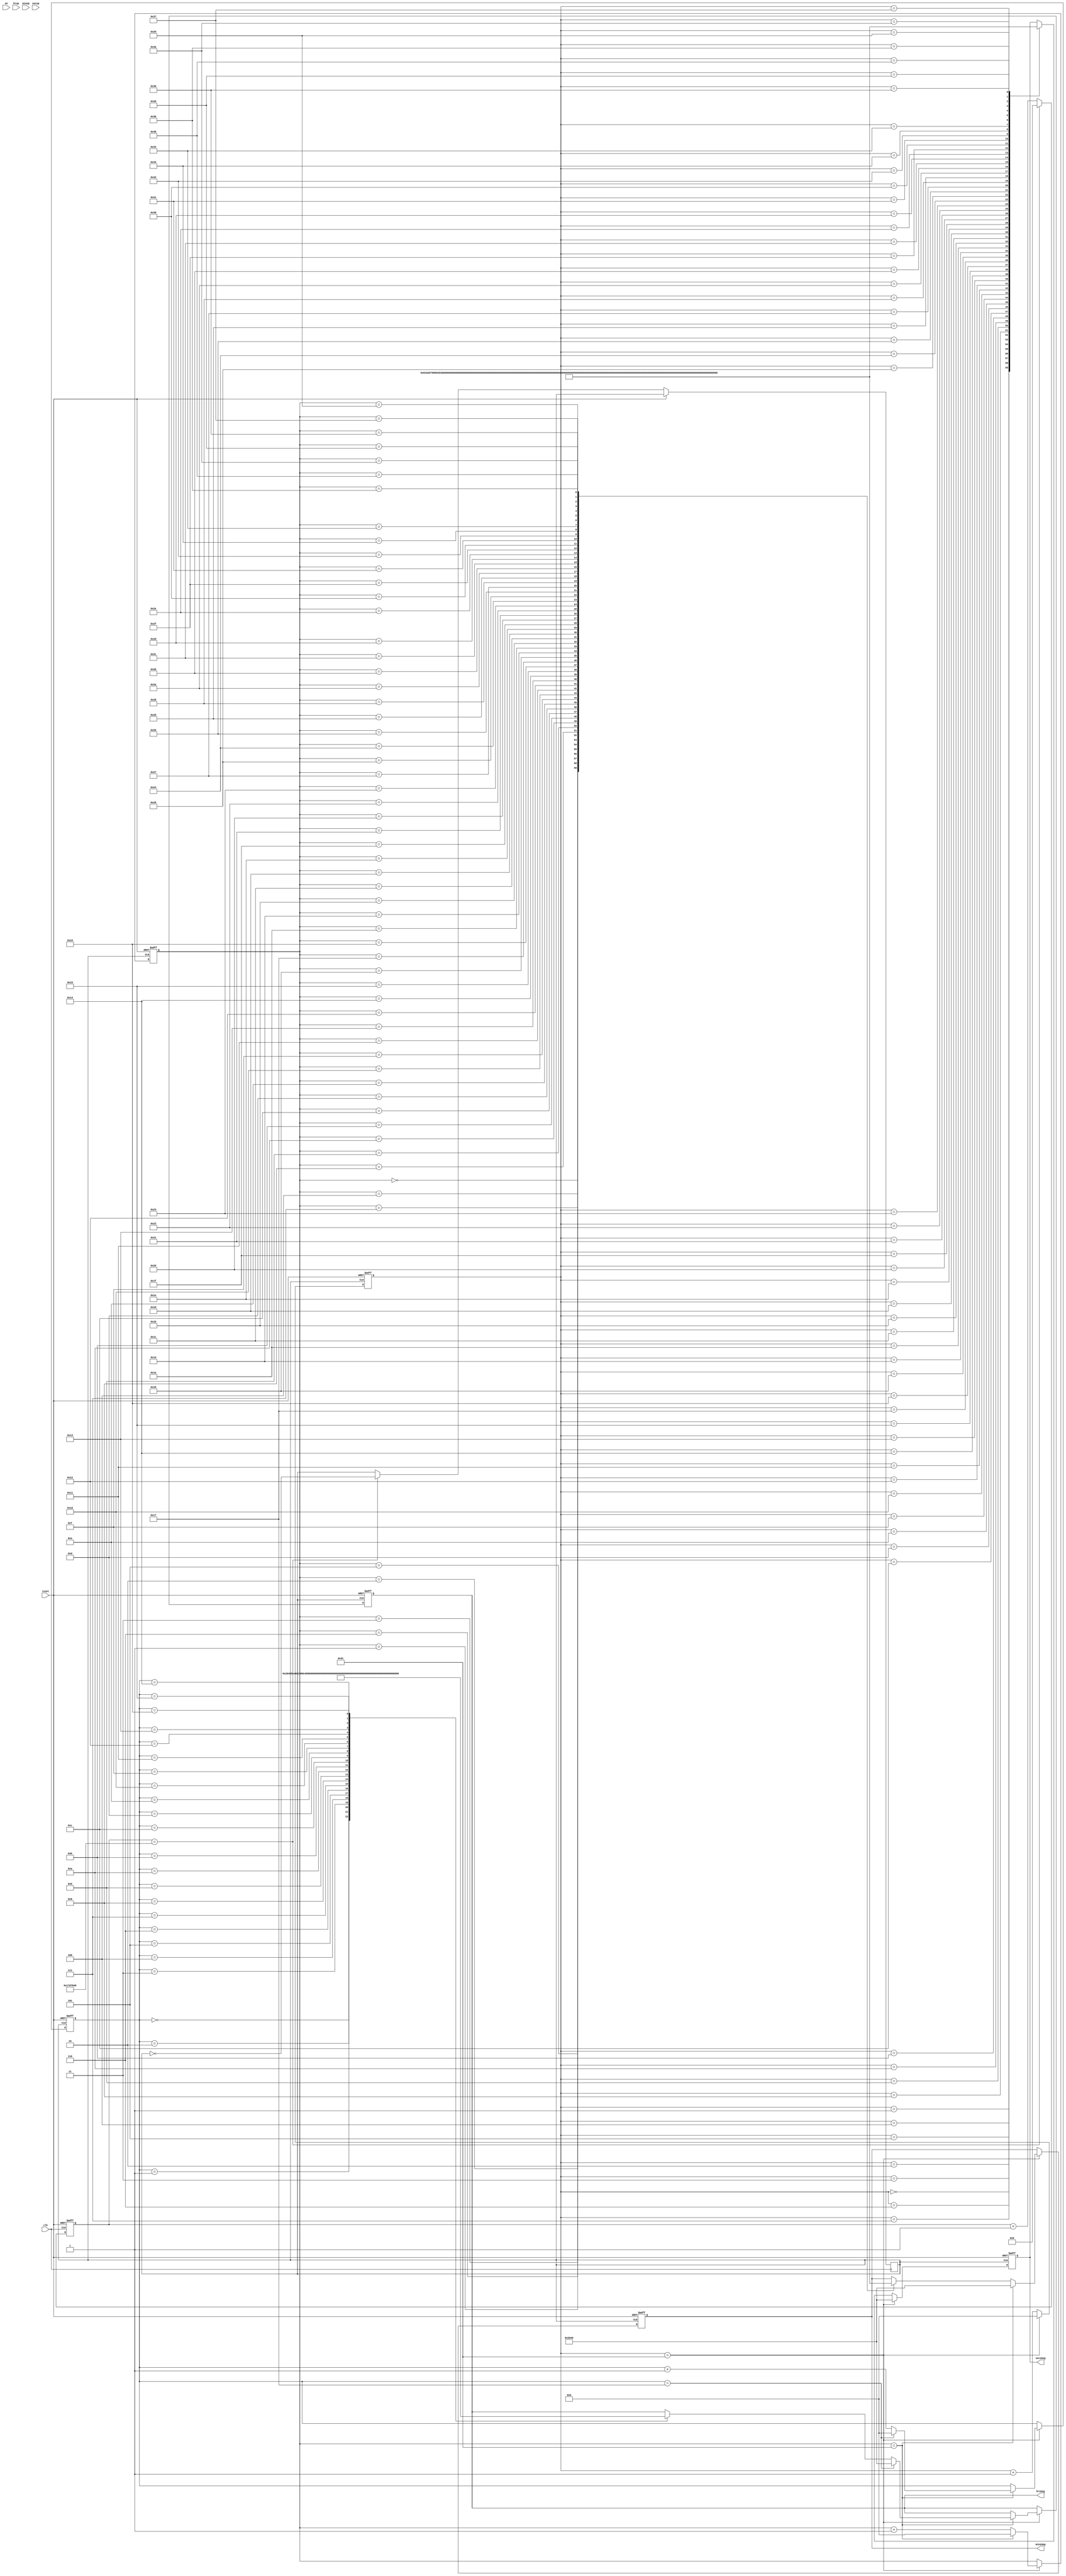
module Main(clk,secsSeg,minsSeg,hrsSeg,reset,en,hrup,minup,secup);
//registers for clock
reg [25:0]count;
reg clk_1s;

//setting up inputs/ouputs
input clk,reset,en,hrup,minup,secup;
output  reg [13:0] secsSeg =16'b10000001000000;
output  reg [13:0] minsSeg =16'b10000001000000;
output  reg [13:0] hrsSeg  =16'b10000001000000;

//registers for seconds,minutes, and hours value
reg [5:0] sec=0;
reg [5:0] min=0;
reg [5:0] hour=0;

//Always block to generate 1 second clock
always @(posedge clk, posedge reset) begin
	
	if(reset) begin
        count <= 0;
        end
	else if(count == 26'd25000000)begin
      clk_1s = ~clk_1s;
		count = 26'd0;
		end
	else
		count = count+26'd1;
	end


	
//always block to change clock value/reset
always @(posedge clk_1s,posedge reset) begin

	//reset all values
	if(reset)begin
		sec <= 0;
		secsSeg <= 16'b10000001000000;
		min <= 0;
		minsSeg <= 16'b10000001000000;
		hour <=0;
		hrsSeg <= 16'b10000001000000;
		
	end
	//sets seconds back from 60 to 00
	else if(sec==6'd60)begin
			sec<=0;
			secsSeg <= 16'b10000001000000;
			//sets mins back from 60 to 00
			if(min==6'd60) begin
				min<=0;
				minsSeg <= 16'b10000001000000;
				//sets hours back from 23 to 00
				if (hour==6'd23) begin
					hour<=0;
					hrsSeg <=16'b10000001000000;
				end else begin
				//increment hours 
				hour<=hour+1'd1;
				case(hour)
    				6'd00:hrsSeg<=16'b10000001000000;
					6'd01:hrsSeg<=16'b10000001111001;
					6'd02:hrsSeg<=16'b10000000100100;
					6'd03:hrsSeg<=16'b10000000110000;
					6'd04:hrsSeg<=16'b10000000011001;
					6'd05:hrsSeg<=16'b10000000010010;
					6'd06:hrsSeg<=16'b10000000000010;
					6'd07:hrsSeg<=16'b10000001111000;
					6'd08:hrsSeg<=16'b10000000000000;
					6'd09:hrsSeg<=16'b10000000011000;
					6'd10:hrsSeg<=16'b11110011000000;
					6'd11:hrsSeg<=16'b11110011111001;
					6'd12:hrsSeg<=16'b11110010100100;
					6'd13:hrsSeg<=16'b11110010110000;
					6'd14:hrsSeg<=16'b11110010011001;
					6'd15:hrsSeg<=16'b11110010010010;
					6'd16:hrsSeg<=16'b11110010000010;
					6'd17:hrsSeg<=16'b11110011111000; 
					6'd18:hrsSeg<=16'b11110010000000;
					6'd19:hrsSeg<=16'b11110010011000;
					6'd20:hrsSeg<=16'b01001001000000;
					6'd21:hrsSeg<=16'b01001001111001;
					6'd22:hrsSeg<=16'b01001000100100;
					6'd23:hrsSeg<=16'b01001000110000;
				endcase				
				end
			end
			else begin
			//increment mins
				min<=min+1'd1;
				case(min)
					6'd00:minsSeg<=16'b10000001000000;
					6'd01:minsSeg<=16'b10000001111001;
					6'd02:minsSeg<=16'b10000000100100;
					6'd03:minsSeg<=16'b10000000110000;
					6'd04:minsSeg<=16'b10000000011001;
					6'd05:minsSeg<=16'b10000000010010;
					6'd06:minsSeg<=16'b10000000000010;
					6'd07:minsSeg<=16'b10000001111000;
					6'd08:minsSeg<=16'b10000000000000;
					6'd09:minsSeg<=16'b10000000011000;
					6'd10:minsSeg<=16'b11110011000000;
					6'd11:minsSeg<=16'b11110011111001;
					6'd12:minsSeg<=16'b11110010100100;
					6'd13:minsSeg<=16'b11110010110000;
					6'd14:minsSeg<=16'b11110010011001;
					6'd15:minsSeg<=16'b11110010010010;
					6'd16:minsSeg<=16'b11110010000010;
					6'd17:minsSeg<=16'b11110011111000; 
					6'd18:minsSeg<=16'b11110010000000;
					6'd19:minsSeg<=16'b11110010011000;
					6'd20:minsSeg<=16'b01001001000000;
					6'd21:minsSeg<=16'b01001001111001;
					6'd22:minsSeg<=16'b01001000100100;
					6'd23:minsSeg<=16'b01001000110000;
					6'd24:minsSeg<=16'b01001000011001;
					6'd25:minsSeg<=16'b01001000010010;
					6'd26:minsSeg<=16'b01001000000010;
					6'd27:minsSeg<=16'b01001001111000;
					6'd28:minsSeg<=16'b01001000000000;
					6'd29:minsSeg<=16'b01001000011000;
					6'd30:minsSeg<=16'b01100001000000;
					6'd31:minsSeg<=16'b01100001111001;
					6'd32:minsSeg<=16'b01100000100100;
					6'd33:minsSeg<=16'b01100000110000;
					6'd34:minsSeg<=16'b01100000011001;
					6'd35:minsSeg<=16'b01100000010010;
					6'd36:minsSeg<=16'b01100000000010;
					6'd37:minsSeg<=16'b01100001111000;
					6'd38:minsSeg<=16'b01100000000000;
					6'd39:minsSeg<=16'b01100000011000;
					6'd40:minsSeg<=16'b00110011000000;
					6'd41:minsSeg<=16'b00110011111001;
					6'd42:minsSeg<=16'b00110010100100;
					6'd43:minsSeg<=16'b00110010110000;
					6'd44:minsSeg<=16'b00110010011001;
					6'd45:minsSeg<=16'b00110010010010;
					6'd46:minsSeg<=16'b00110010000010;
					6'd47:minsSeg<=16'b00110011111000;
					6'd48:minsSeg<=16'b00110010000000;
					6'd49:minsSeg<=16'b00110010011000;
					6'd50:minsSeg<=16'b00100101000000;
					6'd51:minsSeg<=16'b00100101111001;
					6'd52:minsSeg<=16'b00100100100100;
					6'd53:minsSeg<=16'b00100100110000;
					6'd54:minsSeg<=16'b00100100011001;
					6'd55:minsSeg<=16'b00100100010010;
					6'd56:minsSeg<=16'b00100100000010;
					6'd57:minsSeg<=16'b00100101111000;
					6'd58:minsSeg<=16'b00100100000000;
					6'd59:minsSeg<=16'b00100100011000;
				endcase
			end
			end
		else begin
		//increment seconds
			sec<=sec+1'd1;
				case(sec)
    				6'd00:secsSeg<=16'b10000001000000;
					6'd01:secsSeg<=16'b10000001111001;
					6'd02:secsSeg<=16'b10000000100100;
					6'd03:secsSeg<=16'b10000000110000;
					6'd04:secsSeg<=16'b10000000011001;
					6'd05:secsSeg<=16'b10000000010010;
					6'd06:secsSeg<=16'b10000000000010;
					6'd07:secsSeg<=16'b10000001111000;
					6'd08:secsSeg<=16'b10000000000000;
					6'd09:secsSeg<=16'b10000000011000;
					6'd10:secsSeg<=16'b11110011000000;
					6'd11:secsSeg<=16'b11110011111001;
					6'd12:secsSeg<=16'b11110010100100;
					6'd13:secsSeg<=16'b11110010110000;
					6'd14:secsSeg<=16'b11110010011001;
					6'd15:secsSeg<=16'b11110010010010;
					6'd16:secsSeg<=16'b11110010000010;
					6'd17:secsSeg<=16'b11110011111000; 
					6'd18:secsSeg<=16'b11110010000000;
					6'd19:secsSeg<=16'b11110010011000;
					6'd20:secsSeg<=16'b01001001000000;
					6'd21:secsSeg<=16'b01001001111001;
					6'd22:secsSeg<=16'b01001000100100;
					6'd23:secsSeg<=16'b01001000110000;
					6'd24:secsSeg<=16'b01001000011001;
					6'd25:secsSeg<=16'b01001000010010;
					6'd26:secsSeg<=16'b01001000000010;
					6'd27:secsSeg<=16'b01001001111000;
					6'd28:secsSeg<=16'b01001000000000;
					6'd29:secsSeg<=16'b01001000011000;
					6'd30:secsSeg<=16'b01100001000000;
					6'd31:secsSeg<=16'b01100001111001;
					6'd32:secsSeg<=16'b01100000100100;
					6'd33:secsSeg<=16'b01100000110000;
					6'd34:secsSeg<=16'b01100000011001;
					6'd35:secsSeg<=16'b01100000010010;
					6'd36:secsSeg<=16'b01100000000010;
					6'd37:secsSeg<=16'b01100001111000;
					6'd38:secsSeg<=16'b01100000000000;
					6'd39:secsSeg<=16'b01100000011000;
					6'd40:secsSeg<=16'b00110011000000;
					6'd41:secsSeg<=16'b00110011111001;
					6'd42:secsSeg<=16'b00110010100100;
					6'd43:secsSeg<=16'b00110010110000;
					6'd44:secsSeg<=16'b00110010011001;
					6'd45:secsSeg<=16'b00110010010010;
					6'd46:secsSeg<=16'b00110010000010;
					6'd47:secsSeg<=16'b00110011111000;
					6'd48:secsSeg<=16'b00110010000000;
					6'd49:secsSeg<=16'b00110010011000;
					6'd50:secsSeg<=16'b00100101000000;
					6'd51:secsSeg<=16'b00100101111001;
					6'd52:secsSeg<=16'b00100100100100;
					6'd53:secsSeg<=16'b00100100110000;
					6'd54:secsSeg<=16'b00100100011001;
					6'd55:secsSeg<=16'b00100100010010;
					6'd56:secsSeg<=16'b00100100000010;
					6'd57:secsSeg<=16'b00100101111000;
					6'd58:secsSeg<=16'b00100100000000;
					6'd59:secsSeg<=16'b00100100011000;
				
				endcase
		end
	
			

end


endmodule